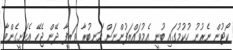
ކޯޓުން ނެރުނު ހުކުމުގައި ބުނީ އެމުވައްޒަފުންނަށް އަނބުރާ ވަޒީފާ ދޭން ޖެހޭ އެކަށީގެންވާ